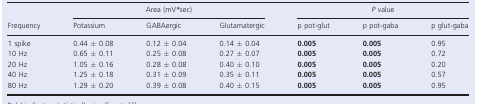
<table><thead><tr><td rowspan="2"><b>Frequency</b></td><td colspan="3"><b>Area (mV<sup>*</sup>sec)</b></td><td colspan="3"><b><i>P</i> value</b></td></tr><tr><td><b>Potassium</b></td><td><b>GABAergic</b></td><td><b>Glutamatergic</b></td><td><b>p pot-glut</b></td><td><b>p pot-gaba</b></td><td><b>p glut-gaba</b></td></tr></thead><tbody><tr><td>1 spike</td><td>0.44 ± 0.08</td><td>0.12 ± 0.04</td><td>0.14 ± 0.04</td><td><b>0.005</b></td><td><b>0.005</b></td><td>0.95</td></tr><tr><td>10 Hz</td><td>0.65 ± 0.11</td><td>0.25 ± 0.08</td><td>0.27 ± 0.07</td><td><b>0.005</b></td><td><b>0.005</b></td><td>0.72</td></tr><tr><td>20 Hz</td><td>1.05 ± 0.16</td><td>0.28 ± 0.08</td><td>0.40 ± 0.10</td><td><b>0.005</b></td><td><b>0.005</b></td><td>0.20</td></tr><tr><td>40 Hz</td><td>1.25 ± 0.18</td><td>0.31 ± 0.09</td><td>0.35 ± 0.11</td><td><b>0.005</b></td><td><b>0.005</b></td><td>0.57</td></tr><tr><td>80 Hz</td><td>1.29 ± 0.20</td><td>0.39 ± 0.08</td><td>0.40 ± 0.15</td><td><b>0.005</b></td><td><b>0.005</b></td><td>0.95</td></tr></tbody></table>